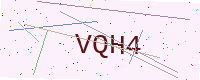
Text: VQH4